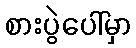
စားပွဲပေါ်မှာ